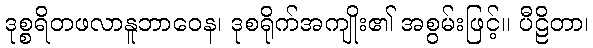
ဒုစ္စရိတဖလာနူဘာဝေန၊ ဒုစရိုက်အကျိုး၏ အစွမ်းဖြင့်။ ပီဠိတာ၊